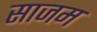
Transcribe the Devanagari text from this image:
साजम